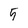
Character: 5